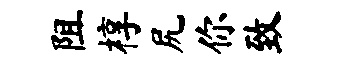
阻椁尻你致